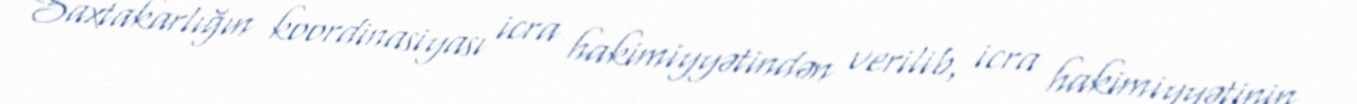
Saxtakarlığın koordinasiyası icra hakimiyyətindən verilib, icra hakimiyyətinin